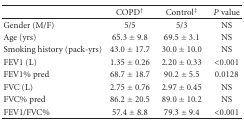
<table><thead><tr><td></td><td><b>COPD<sup>†</sup></b></td><td><b>Control<sup>‡</sup></b></td><td><b><i>P</i> value</b></td></tr></thead><tbody><tr><td>Gender (M/F)</td><td>5/5</td><td>5/3</td><td>NS</td></tr><tr><td>Age (yrs)</td><td>65.3 ± 9.8</td><td>69.5 ± 3.1</td><td>NS</td></tr><tr><td>Smoking history (pack-yrs)</td><td>43.0 ± 17.7</td><td>30.0 ± 10.0</td><td>NS</td></tr><tr><td>FEV1 (L)</td><td>1.35 ± 0.26</td><td>2.20 ± 0.33</td><td>&lt;0.001</td></tr><tr><td>FEV1% pred</td><td>68.7 ± 18.7</td><td>90.2 ± 5.5</td><td>0.0128</td></tr><tr><td>FVC (L)</td><td>2.75 ± 0.76</td><td>2.97 ± 0.45</td><td>NS</td></tr><tr><td>FVC% pred</td><td>86.2 ± 20.5</td><td>89.0 ± 10.2</td><td>NS</td></tr><tr><td>FEV1/FVC%</td><td>57.4 ± 8.8</td><td>79.3 ± 9.4</td><td>&lt;0.001</td></tr></tbody></table>